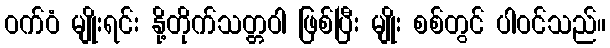
ဝက်ဝံ မျိုးရင်း နို့တိုက်သတ္တဝါ ဖြစ်ပြီး မျိုး စစ်တွင် ပါဝင်သည်။